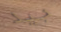
جيد